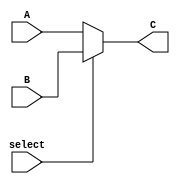
`timescale 1ns/1ns
module MUX_2_8(input select,input[7:0] A,B,output[7:0] C);
  assign C=select?B:A;
endmodule